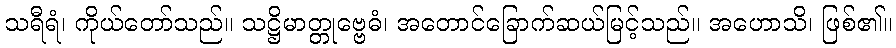
သရီရံ၊ ကိုယ်တော်သည်။ သဋ္ဌိမာတ္တုဗ္ဗေဓံ၊ အတောင်ခြောက်ဆယ်မြင့်သည်။ အဟောသိ၊ ဖြစ်၏။